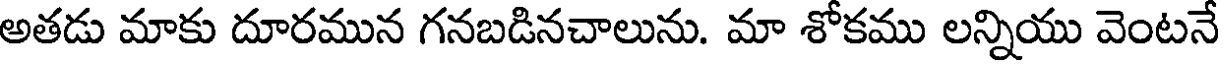
అతడు మాకు దూరమున గనబడినచాలును. మా శోకము లన్నియు వెంటనే